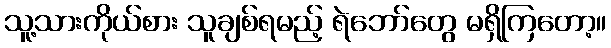
သူ့သားကိုယ်စား သူချစ်ရမည့် ရဲဘော်တွေ မရှိကြတော့။